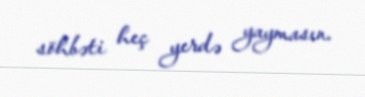
söhbəti heç yerdə yaymasın.